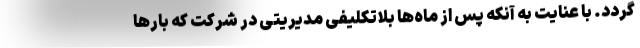
گردد. با عنایت به آنکه پس از ماه‌ها بلاتکلیفی مدیریتی در شرکت که بارها